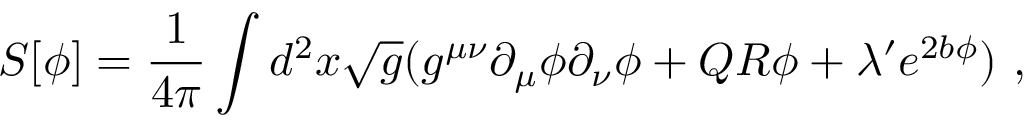
S [ \phi ] = { \frac { 1 } { 4 \pi } } \int d ^ { 2 } x { \sqrt { g } } ( g ^ { \mu \nu } \partial _ { \mu } \phi \partial _ { \nu } \phi + Q R \phi + \lambda ^ { \prime } e ^ { 2 b \phi } ) \ ,